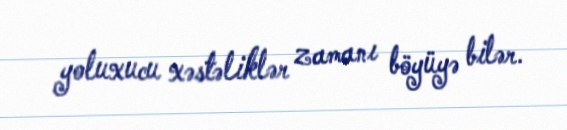
yoluxucu xəstəliklər zamanı böyüyə bilər.